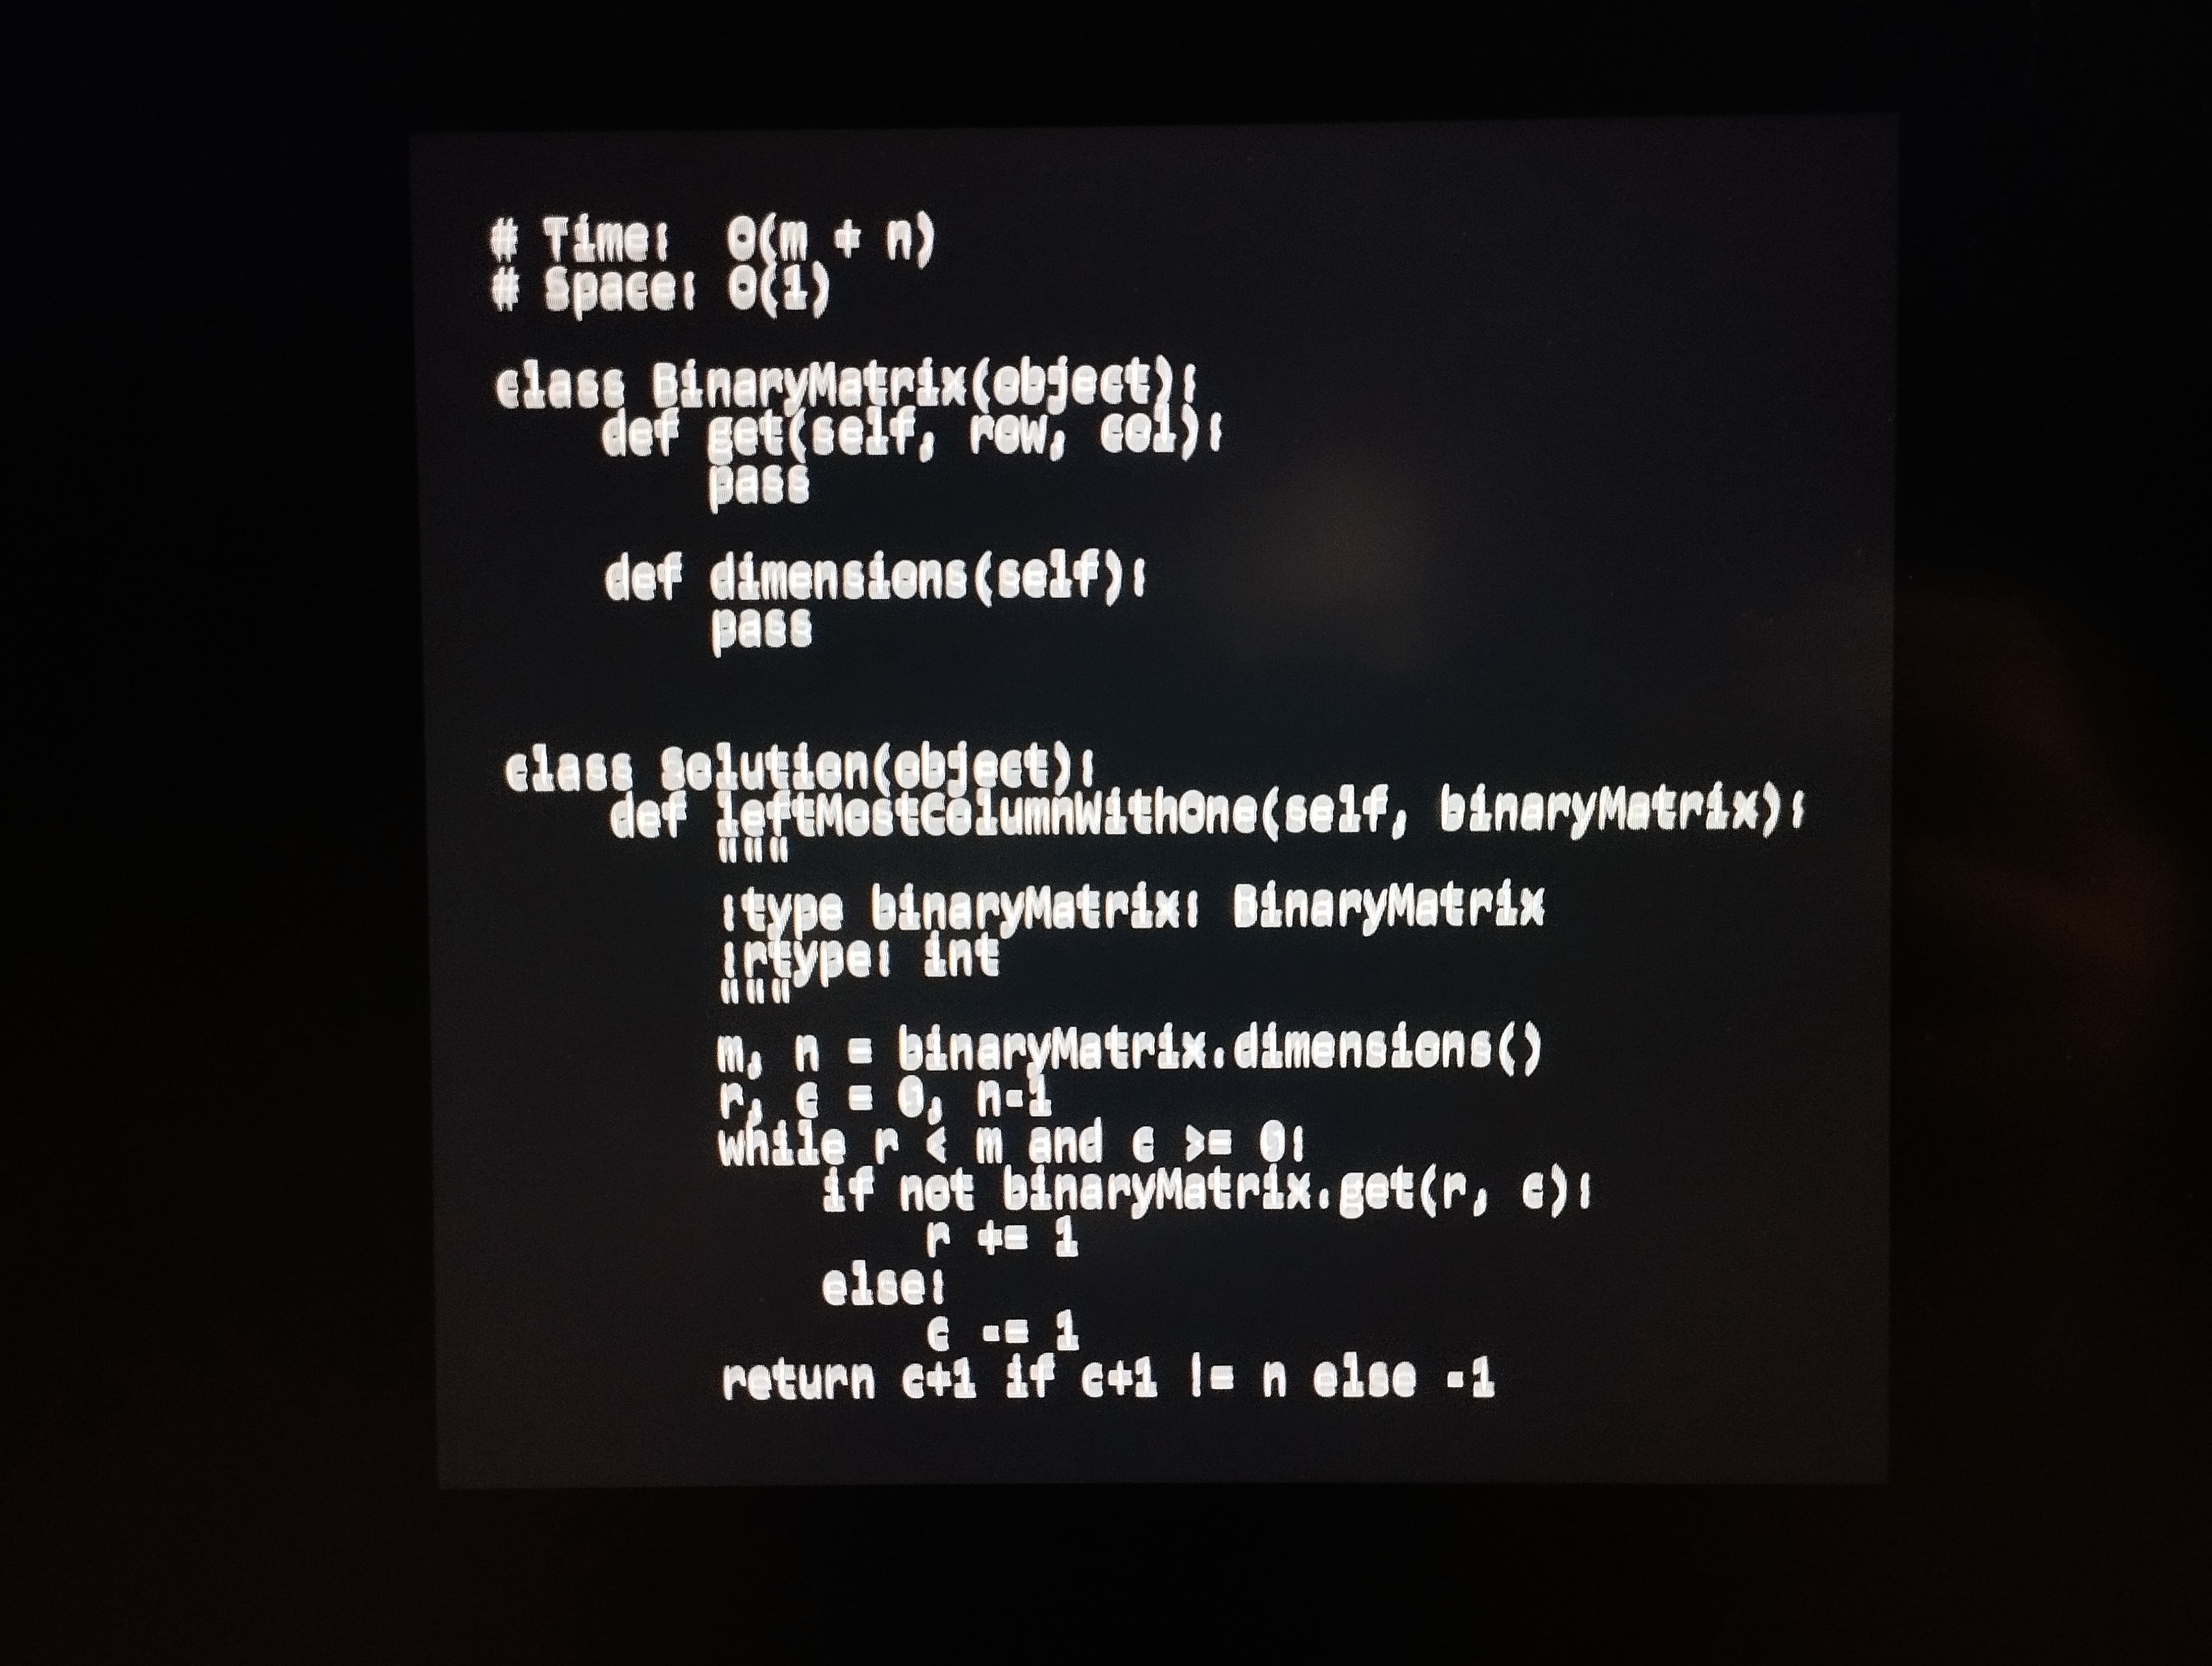
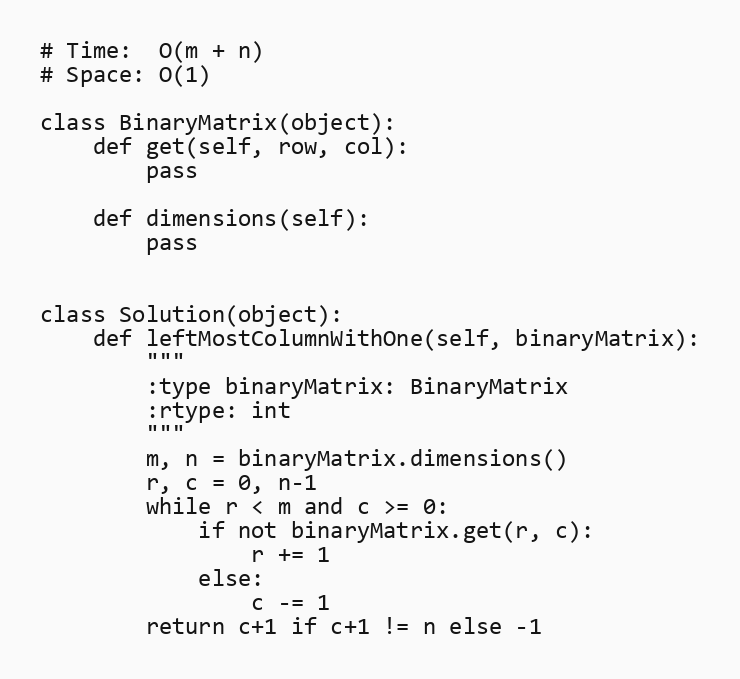
# Time:  O(m + n)
# Space: O(1)

class BinaryMatrix(object):
    def get(self, row, col):
        pass

    def dimensions(self):
        pass

class Solution(object):
    def leftMostColumnWithOne(self, binaryMatrix):
        """
        :type binaryMatrix: BinaryMatrix
        :rtype: int
        """
        m, n = binaryMatrix.dimensions()
        r, c = 0, n-1
        while r < m and c >= 0:
            if not binaryMatrix.get(r, c):
                r += 1
            else:
                c -= 1
        return c+1 if c+1 != n else -1